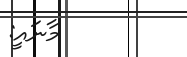
މާނައީ: